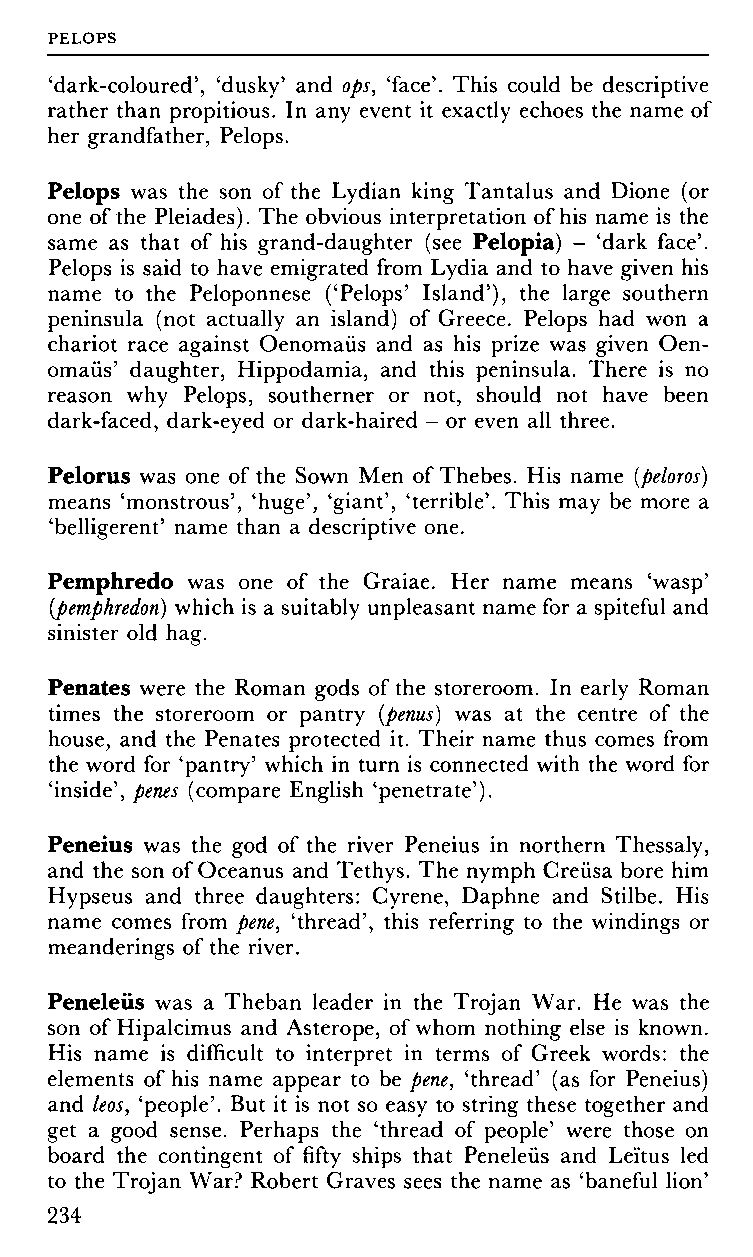
PELOPS
 'dark-coloured', 'dusky' and ops, 'face'. This could be descriptive
 rather than propitious. In any event it exactly echoes the name of
 her grandfather, Pelops.
 Pelops was the son of the Lydian king Tantalus and Dione (or
 one of the Pleiades). The obvious interpretation of his name is the
 same as that of his grand-daughter (see Pelopia) - 'dark face'.
 Pelops is said to have emigrated from Lydia and to have given his
 name to the Péloponnèse ('Pelops' Island'), the large southern
 peninsula (not actually an island) of Greece. Pelops had won a
 chariot race against Oenomaüs and as his prize was given Oen-
 omaüs' daughter, Hippodamia, and this peninsula. There is no
 reason why Pelops, southerner or not, should not have been
 dark-faced, dark-eyed or dark-haired - or even all three.
 Pelorus was one of the Sown Men of Thebes. His name (peloros)
 means 'monstrous', 'huge', 'giant', 'terrible'. This may be more a
 'belligerent' name than a descriptive one.
 Pemphredo was one of the Graiae. Her name means 'wasp'
 (pemphredon) which is a suitably unpleasant name for a spiteful and
 sinister old hag.
 Penates were the Roman gods of the storeroom. In early Roman
 times the storeroom or pantry (penus) was at the centre of the
 house, and the Penates protected it. Their name thus comes from
 the word for 'pantry' which in turn is connected with the word for
 'inside', penes (compare English 'penetrate').
 Peneius was the god of the river Peneius in northern Thessaly,
 and the son of Oceanus and Tethys. The nymph Creüsa bore him
 Hypseus and three daughters: Cyrene, Daphne and Stilbe. His
 name comes from pene, 'thread', this referring to the windings or
 meanderings of the river.
 Peneleüs was a Theban leader in the Trojan War. He was the
 son of Hipalcimus and Asterope, of whom nothing else is known.
 His name is difficult to interpret in terms of Greek words: the
 elements of his name appear to be pene, 'thread' (as for Peneius)
 and leos, 'people'. But it is not so easy to string these together and
 get a good sense. Perhaps the 'thread of people' were those on
 board the contingent of fifty ships that Peneleüs and Leïtus led
 to the Trojan War? Robert Graves sees the name as 'baneful lion'
 234